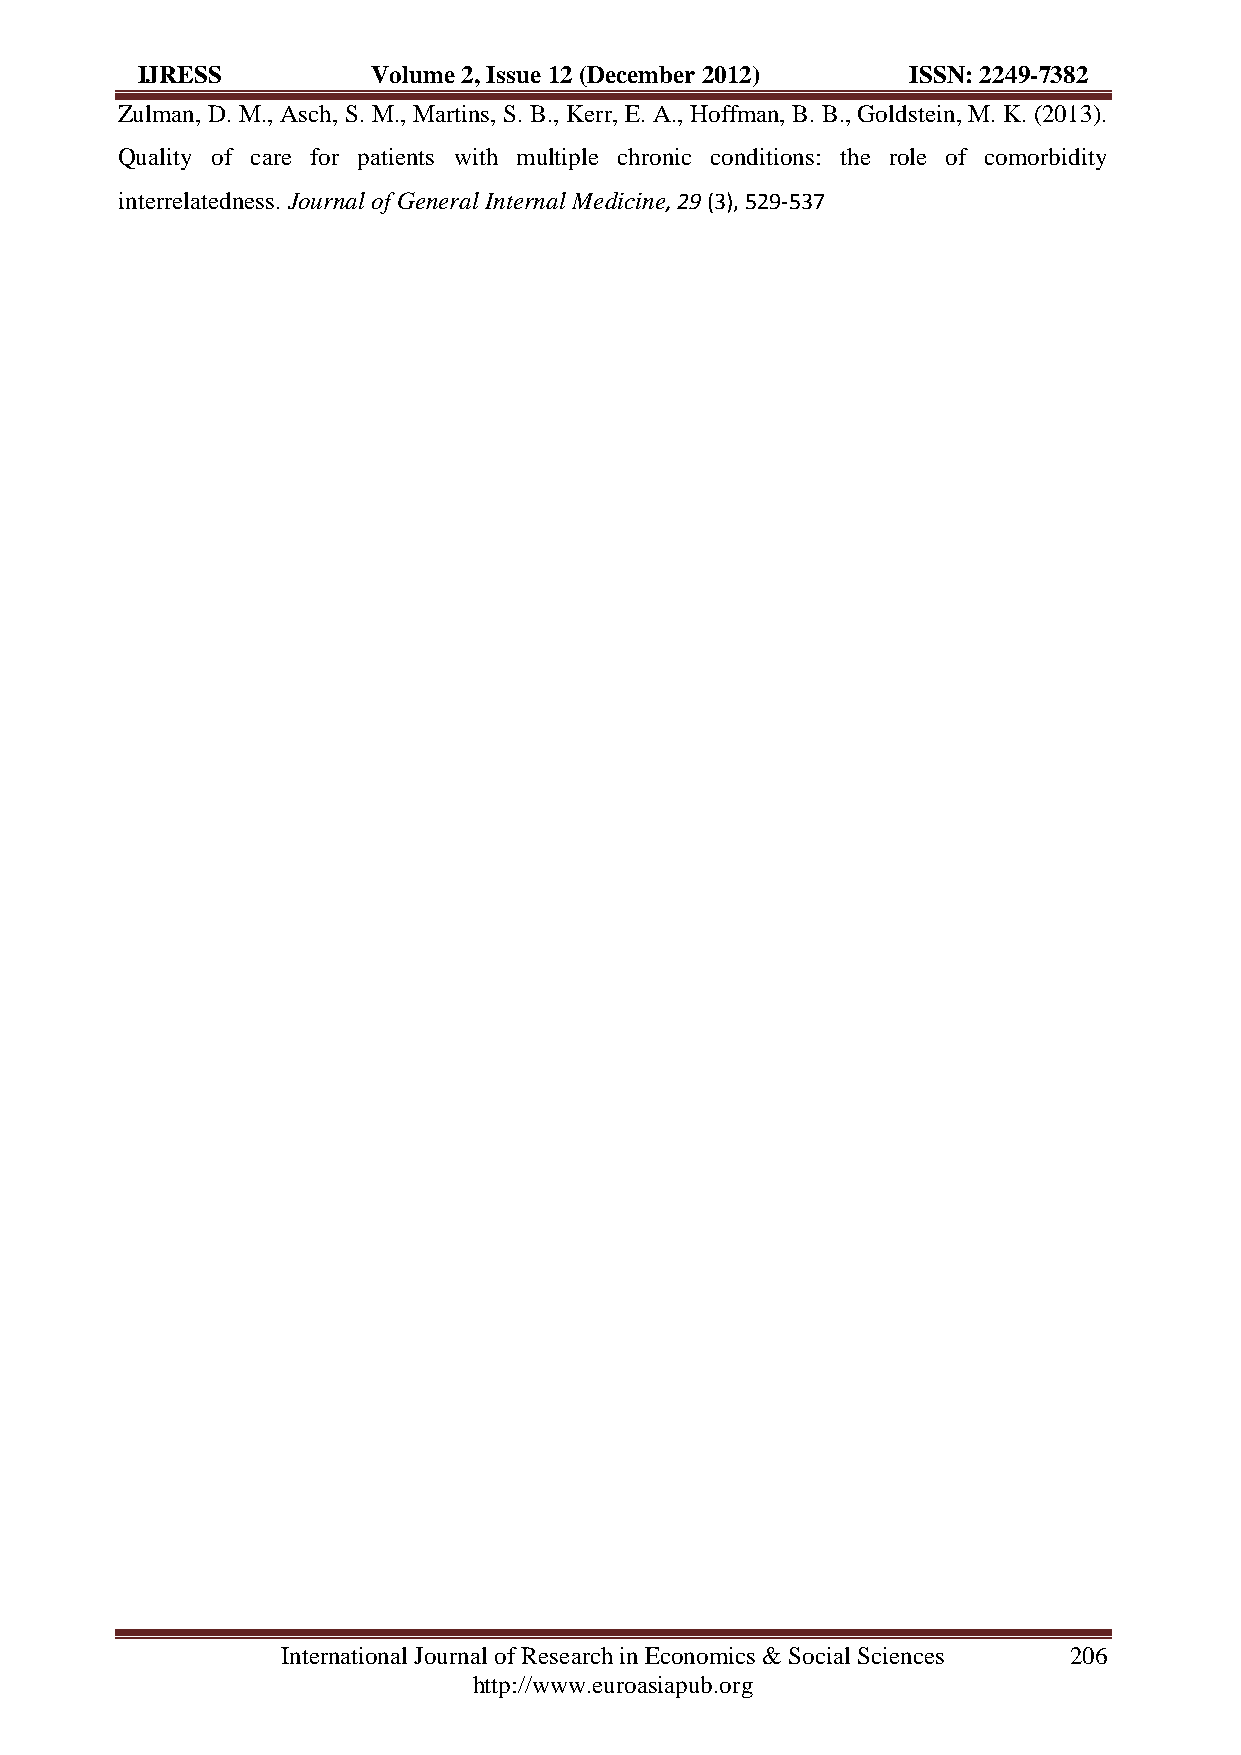
IJRESS          Volume 2, Issue 12 (December 2012) ISSN: 2249-7382
 Zulman, D. M., Asch, S. M., Martins, S. B., Kerr, E. A., Hoffman, B. B., Goldstein, M. K. (2013).
 Quality of care for patients with multiple chronic conditions: the role of comorbidity
 interrelatedness. Journal of General Internal Medicine, 29 (3), 529-537
 International Journal of Research in Economics & Social Sciences 206
 http://www.euroasiapub.org